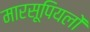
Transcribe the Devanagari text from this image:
मारसूपियलों